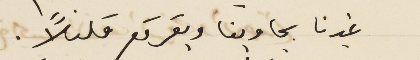
غيرنا يجاوبنا ويقرقع قليلاً.